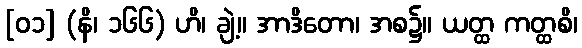
[၀၁] (နိ၊ ၁၆၆) ဟိ၊ ချဲ့။ အာဒိတော၊ အစ၌။ ယတ္ထ ကတ္ထစိ၊